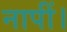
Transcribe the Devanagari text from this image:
नापीं।